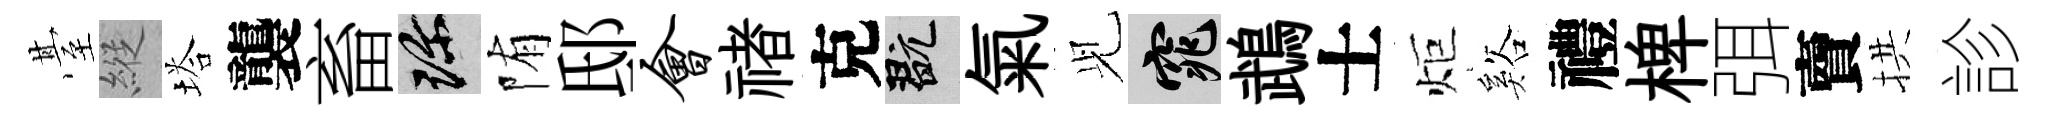
䑓縱塔襲畜珍陏邸会禇克玩氣𫤗窕鵡士炬谿禮椑弭𧶠拱診